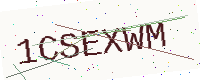
Text: 1CSEXWM